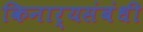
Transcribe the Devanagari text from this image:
किनार्‍यसंबंधी